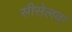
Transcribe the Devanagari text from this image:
सीसेलवा